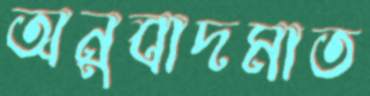
অনুবাদমাত